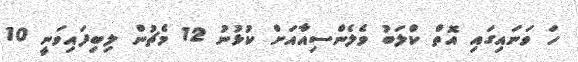
ހަ ވަނައިގައި އޮތް ކްލަބު ވެލެންސިއާއަށް ކުޅުނު 12 މެޗުން ލިބިފައިވަނީ 10